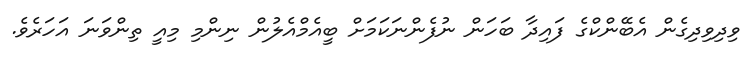
ވިދިވިދިގެން އެބޭންކްގެ ފައިދާ ބަހަން ނުފެންނަކަމަށް ބީއެމްއެލުން ނިންމި މިއީ ތިންވަނަ އަހަރެވެ.